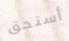
أستحق